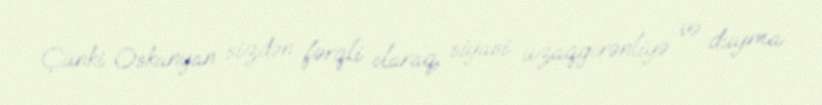
Çünki Oskanyan sizdən fərqli olaraq, siyasi uzaqgörənliyə və duyma